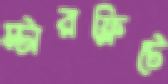
স্টারফ্লিটে